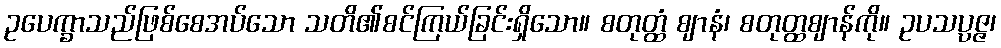
ဥပေက္ခာသည်ဖြစ်စေအပ်သော သတိ၏စင်ကြယ်ခြင်းရှိသော။ စတုတ္ထံ ဈာနံ၊ စတုတ္ထဈာန်ကို။ ဥပသပ္ပဇ္ဇ၊